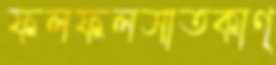
ফলফলসাতকাণ্